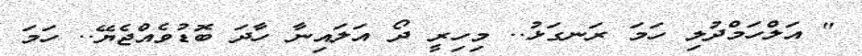
" އަލްހަމްދުލި ހަމަ ރަނގަޅު.. މިހިރީ ދޯ އަލައިނާ ހާދަ ބޮޑުވެއްޖެޔޭ.. ހަމަ